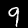
Label: 9